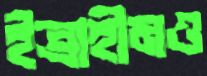
ইব্রাহীমও